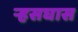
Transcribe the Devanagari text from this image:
र्‍हसघास